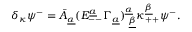
\delta _ { \kappa } \psi ^ { - } = \bar { A } _ { \underline { { \alpha } } } ( { \cal E } _ { -- } ^ { \underline { { a } } } \Gamma _ { \underline { { a } } } ) _ { ~ \underline { { \beta } } } ^ { \underline { { \alpha } } } \kappa _ { + + } ^ { \underline { { \beta } } } \psi ^ { - } .